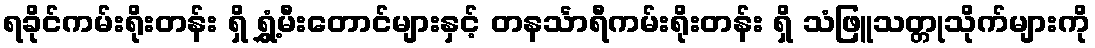
ရခိုင်ကမ်းရိုးတန်း ရှိ ရွှံ့မီးတောင်များနှင့် တနင်္သာရီကမ်းရိုးတန်း ရှိ သံဖြူသတ္တုသိုက်များကို